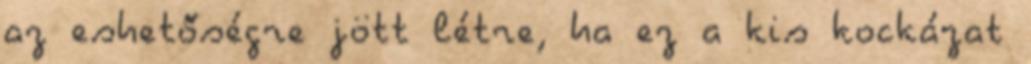
az eshetőségre jött létre, ha ez a kis kockázat